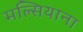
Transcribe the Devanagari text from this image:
मल्सियाना